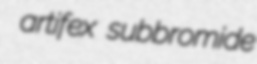
artifex subbromide